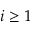
i \geq 1